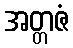
အတ္တဇံ